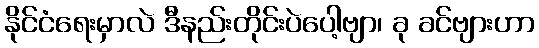
နိုင်ငံရေးမှာလဲ ဒီနည်းတိုင်းပဲပေါ့ဗျာ၊ ခု ခင်ဗျားဟာ